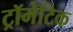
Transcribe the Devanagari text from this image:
ट्रॉमेटिक